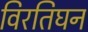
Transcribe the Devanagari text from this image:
विरतिघन